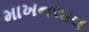
માખનલાલ